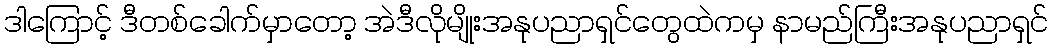
ဒါကြောင့် ဒီတစ်ခေါက်မှာတော့ အဲဒီလိုမျိုးအနုပညာရှင်တွေထဲကမှ နာမည်ကြီးအနုပညာရှင်